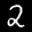
Label: 2